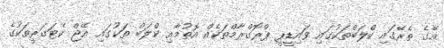
އޭގެ ތެރޭގައި ކްލަބްތަކުގައި ވައިޑީޕީ ޕްރޮގްރާމްތަކެއް އޮތުމާއި ކްލަބް ތަކުގައި އޭޖް ކެޓަގަރީތަކުގެ